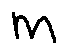
m